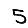
Digit: 5